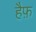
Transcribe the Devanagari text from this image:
हैफ़